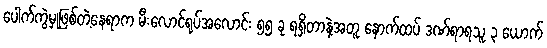
ပေါက်ကွဲမှုဖြစ်တဲ့နေရာက မီးလောင်ရုပ်အလောင်း ၅၅ ခု ရရှိတာနဲ့အတူ နောက်ထပ် ဒဏ်ရာရသူ ၃ ယောက်